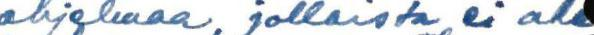
ohjelmaa, jollaista ei ole